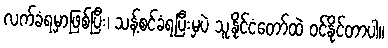
လက်ခံရမှာဖြစ်ပြီး၊ သန့်စင်ခံရပြီးမှပဲ သူ့နိုင်ငံတော်ထဲ ဝင်နိုင်တာပါ။